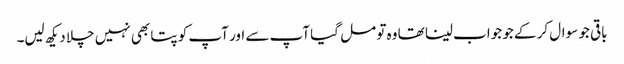
باقی جو سوال کر کے جو جواب لینا تھا وہ تو مل گیا آپ سے اور آپ کو پتا بھی نہیں چلا دیکھ لیں۔